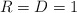
\begin{align*}R = D = 1 \end{align*}